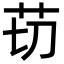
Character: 苆